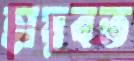
হায়বত